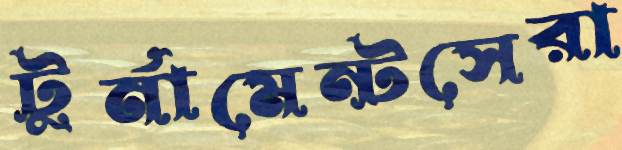
টুর্নামেন্টসেরা